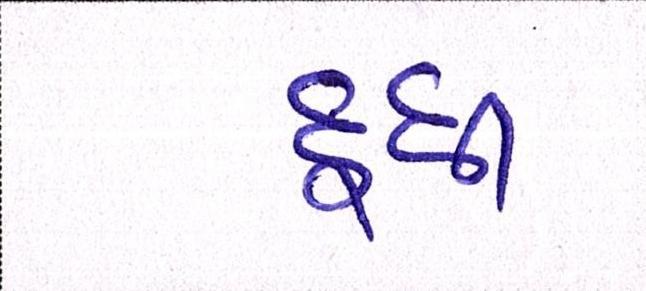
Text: દૂધી